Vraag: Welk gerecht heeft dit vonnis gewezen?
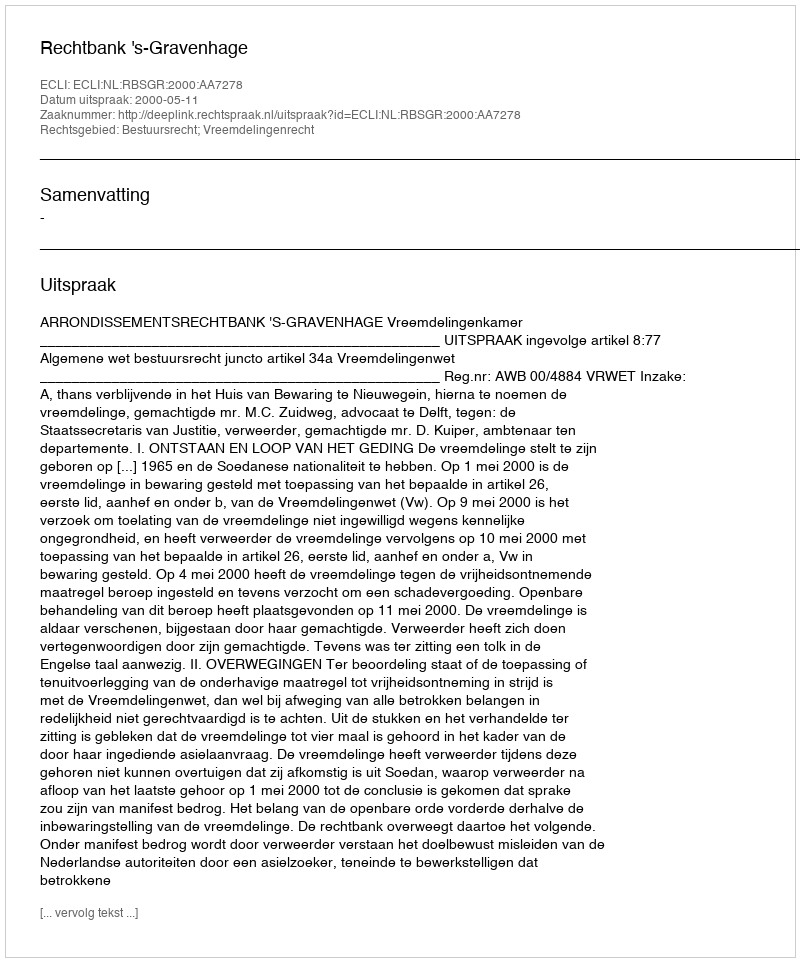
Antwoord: Rechtbank 's-Gravenhage